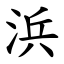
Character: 浜